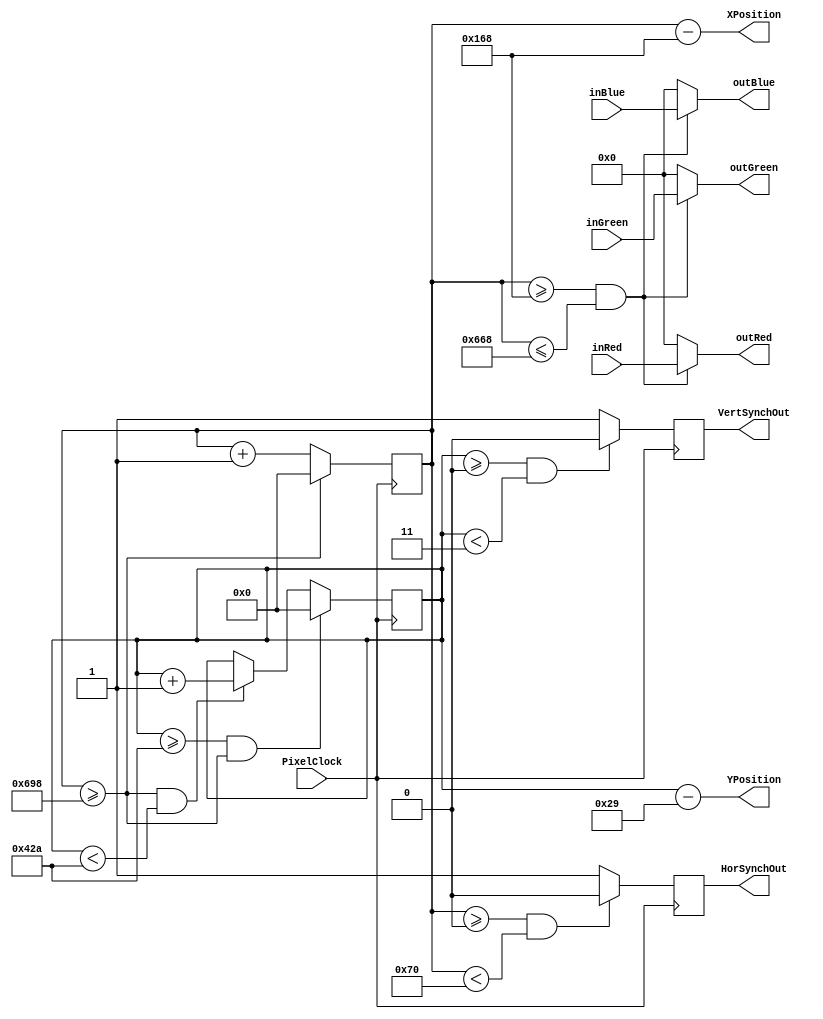
module VGAController_2 (PixelClock,
							 inRed,
							 inGreen,
							 inBlue,
							 outRed,
							 outGreen,
							 outBlue,
							 VertSynchOut,
							 HorSynchOut,
							 XPosition,
							 YPosition);
parameter XLimit = 1688;
parameter XVisible = 1280;
parameter XSynchPulse = 112;
parameter XBackPorch = 248;
parameter YLimit = 1066;
parameter YVisible = 1024;
parameter YSynchPulse = 3;
parameter YBackPorch = 38;
input PixelClock;
input [7:0] inRed;
input [7:0] inGreen;
input [7:0] inBlue;
output [7:0] outRed;
output [7:0] outGreen;
output [7:0] outBlue;
output VertSynchOut;
output HorSynchOut;
output [10:0] XPosition;
output [10:0] YPosition;
reg [10:0] XTiming;
reg [10:0] YTiming;
reg HorSynch;
reg VertSynch;
assign XPosition = XTiming - (XSynchPulse + XBackPorch);
assign YPosition = YTiming - (YSynchPulse + YBackPorch);
always@(posedge PixelClock)
begin
	if (XTiming >= XLimit)
		XTiming <= 11'd0;
	else
		XTiming <= XTiming + 1;
end
always@(posedge PixelClock)
begin
	if (YTiming >= YLimit && XTiming >= XLimit)
		YTiming <= 11'd0;
	else if (XTiming >= XLimit && YTiming < YLimit)
		YTiming <= YTiming + 1;
	else
		YTiming <= YTiming;
end
always@(posedge PixelClock)
begin
	if (YTiming >= 0 && YTiming < YSynchPulse)
		VertSynch <= 1'b0;
	else
		VertSynch <= 1'b1;
end
always@(posedge PixelClock)
begin
	if (XTiming >= 0 && XTiming < XSynchPulse)
		HorSynch <= 1'b0;
	else
		HorSynch <= 1'b1;
end
assign outRed = (XTiming >= (XSynchPulse + XBackPorch) && XTiming <= (XSynchPulse + XBackPorch + XVisible)) ? inRed : 8'b0;
assign outGreen = (XTiming >= (XSynchPulse + XBackPorch) && XTiming <= (XSynchPulse + XBackPorch + XVisible)) ? inGreen : 8'b0;
assign outBlue = (XTiming >= (XSynchPulse + XBackPorch) && XTiming <= (XSynchPulse + XBackPorch + XVisible)) ? inBlue : 8'b0;
assign VertSynchOut = VertSynch;
assign HorSynchOut = HorSynch;
initial
begin
	XTiming = 11'b0;
	YTiming = 11'b0;
	HorSynch = 1'b1;
	VertSynch = 1'b1;
end
endmodule